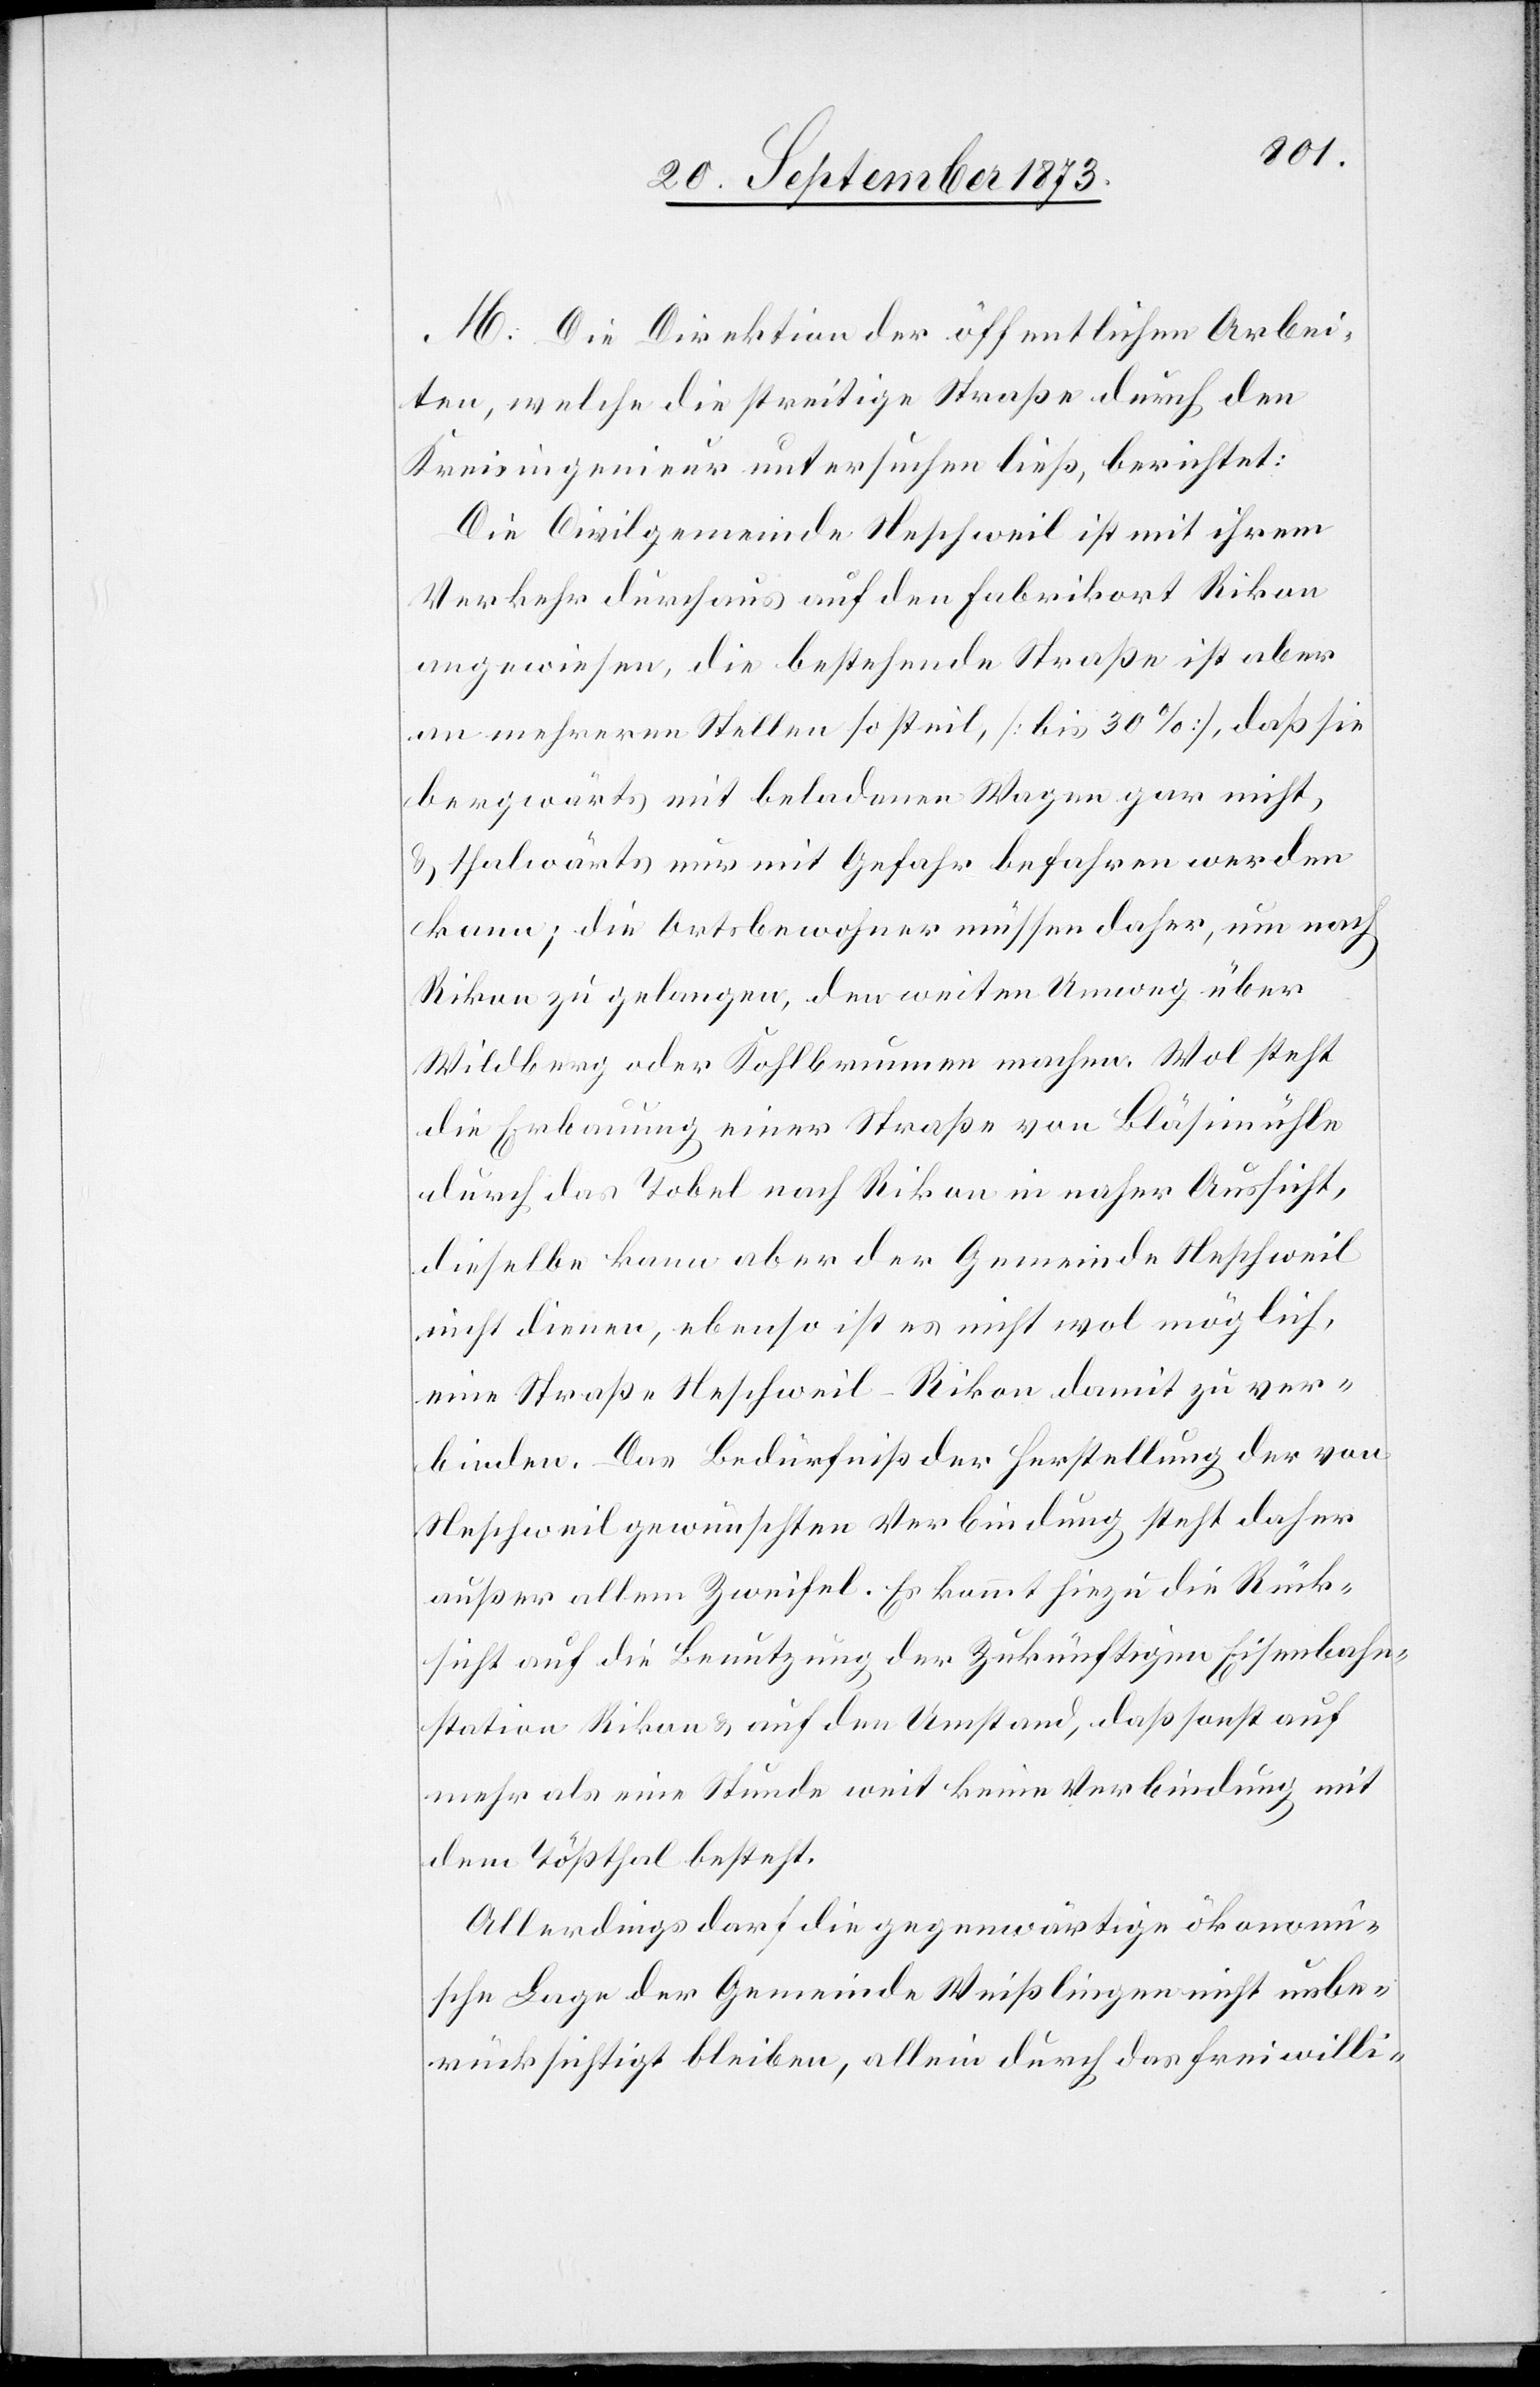
M. Die Direktion der öffentlichen Arbei¬
ten, welche die streitige Straße durch den
Kreisingenieur untersuchen ließ, berichtet:
Die Civilgemeinde Neschweil ist mit ihrem
Verkehr durchaus auf den Fabrikort Rikon
angewiesen, die bestehende Straße ist aber
an mehreren Stellen so steil, [bis 30%], daß sie
bergwärts mit beladenen Wagen gar nicht,
& thalwärts nur mit Gefahr befahren werden
kann; die Ortsbewohner müssen daher, um nach
Rikon zu gelangen, den weiten Umweg über
Wildberg oder Kohlbrunnen machen. Wol steht
die Erbauung einer Straße von Bläsimühle
durch das Tobel nach Rikon in naher Aussicht,
dieselbe kann aber der Gemeinde Neschweil
nicht dienen, ebenso ist es nicht wol möglich,
eine Straße Neschweil–Rikon damit zu ver¬
binden. Das Bedürfniß der Herstellung der von
Neschweil gewünschten Verbindung steht daher
außer allem Zweifel. Es kommt hinzu die Rück¬
sicht auf die Benutzung der Zukünftigen Eisenbahn¬
station Rikon & auf den Umstand, daß sonst auf
mehr als eine Stunde weit keine Verbindung mit
dem Tößthal besteht.
Allerdings darf die gegenwärtige ökonomi¬
sche Lage der Gemeinde Weißlingen nicht unbe¬
rücksichtigt bleiben, allein durch das freiwilli-